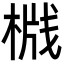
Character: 𬃦